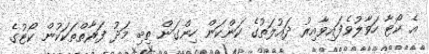
އެ ކޯޓާ ހަވާލުވެފައިވާއިރު ދައުލަތުގެ ކަންކަން ހިންގަން ތިބި މަދު ފަރާތްތަކަކުން ކޯޓުގެ